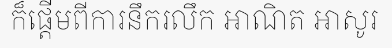
ក៏ផ្តើមពីការនឹករលឹក អាណិត អាសូរ